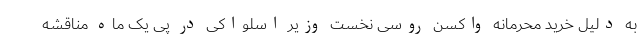
به دلیل خرید محرمانه واکسن روسی نخست وزیر اسلواکی در پی یک ماه مناقشه